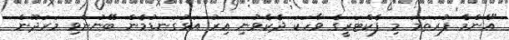
"އެންމެ ފުރަތަމަ މި ފެކްޓަރީގެ ވާހަކަ ދެކެވުނި އިރު އަޅުގަނޑުމެން ބޭނުންވި މަރަދޫން